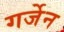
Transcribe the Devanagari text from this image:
गर्जेन